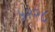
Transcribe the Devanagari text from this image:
५२२८